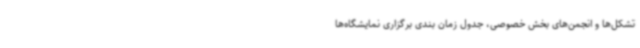
تشکل‌ها و انجمن‌های بخش خصوصی، جدول زمان بندی برگزاری نمایشگاه‌ها